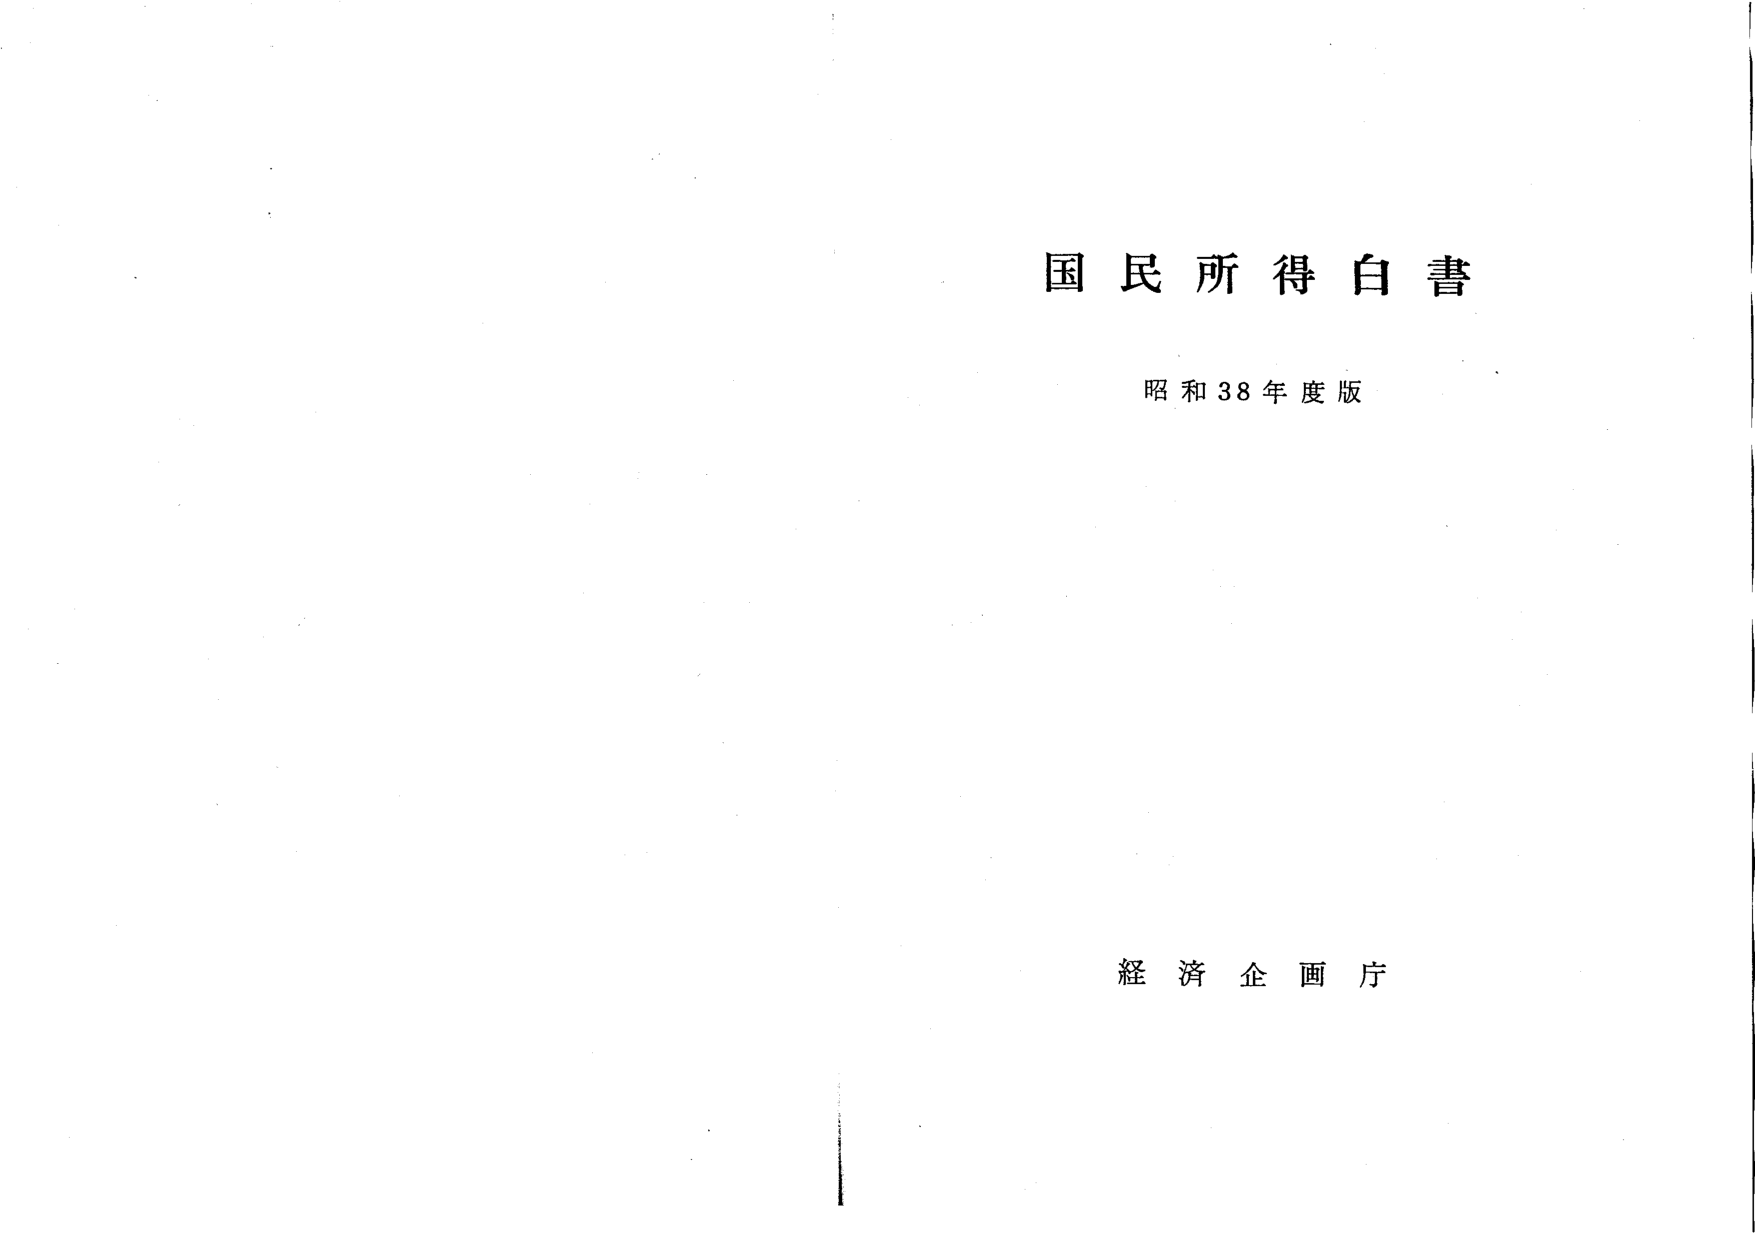
国民所得白書
昭和38年度版
経済企画庁